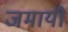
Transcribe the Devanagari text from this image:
जमायी